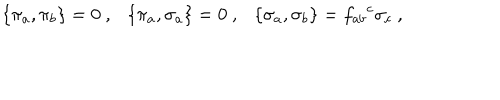
\{ \pi _ { a } , \pi _ { b } \} = 0 \ , \ \ \ \{ \pi _ { a } , \sigma _ { a } \} = 0 \ , \ \ \ \{ \sigma _ { a } , \sigma _ { b } \} = f _ { a b } { } ^ { c } \sigma _ { c } \ ,